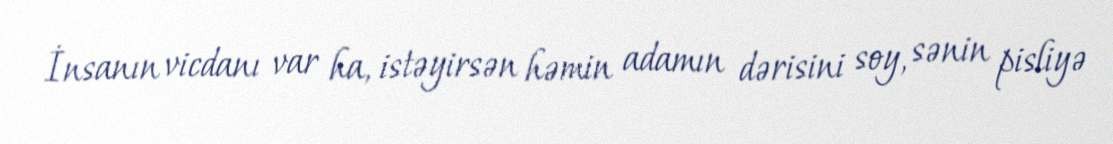
İnsanın vicdanı var ha, istəyirsən həmin adamın dərisini soy, sənin pisliyə